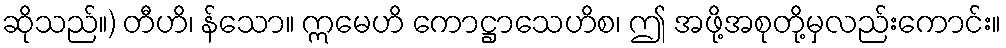
ဆိုသည်။) တီဟိ၊ န်သော။ ဣမေဟိ ကောဋ္ဌာသေဟိစ၊ ဤ အဖို့အစုတို့မှလည်းကောင်း။